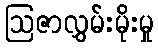
ဩဇာလွှမ်းမိုးမှု